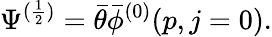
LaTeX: \Psi^{(\frac{1}{2})}=\bar{\theta}\bar{\phi}^{(0)}(p,j=0).